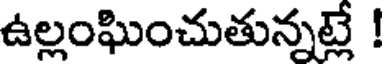
ఉల్లంఘించుతున్నట్లే !